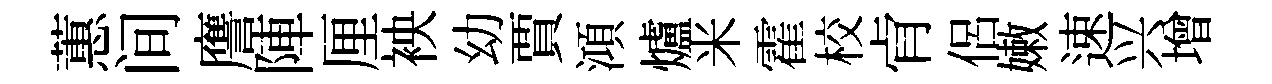
蕙间譍陣厘䘧幼賈澒爐米霍校肻侶嫩速兴增